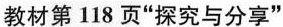
教材第118页“探究与分享”